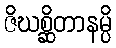
ဇိဃစ္ဆိတာနမ္ပိ